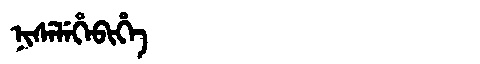
Manchu: ᠨᡳᠰᡝᠯᡝᡥᡝᠪᡳᡥᡝ
Romanization: NISELEHEBIHE